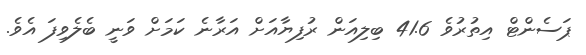
ޕަސެންޓް އިތުރުވެ 41.6 ބިލިއަން ރުފިޔާއަށް އަރާނެ ކަމަށް ވަނީ ބެލެވިފަ އެވެ.